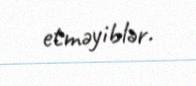
etməyiblər.